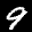
Label: 9